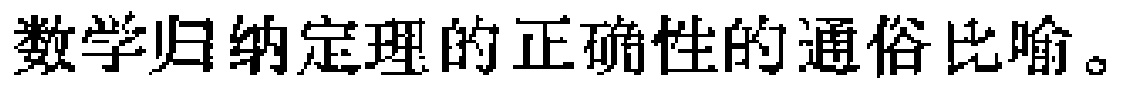
数学归纳定理的正确性的通俗比喻。